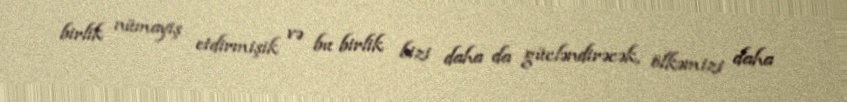
birlik nümayiş etdirmişik və bu birlik bizi daha da gücləndirəcək, ölkəmizi daha